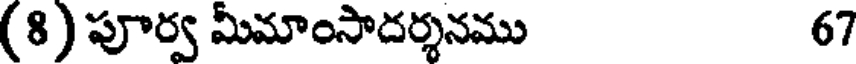
(8) పూర్వ మీమాంసాదర్శనము 67